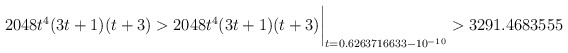
\begin{align*}2048 t^4(3t+1)(t+3) > 2048 t^4(3t+1)(t+3)\biggr\rvert_{t=0.6263716633 - 10^{-10}} > 3291.4683555 \end{align*}